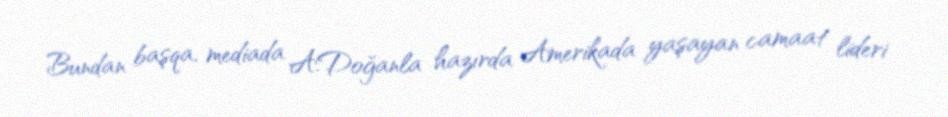
Bundan başqa, mediada A.Doğanla hazırda Amerikada yaşayan camaat lideri